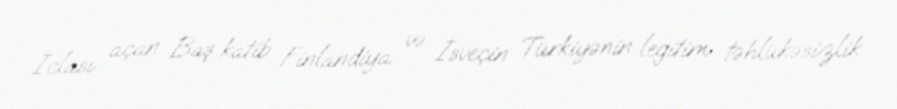
İclası açan Baş katib Finlandiya və İsveçin Türkiyənin legitim təhlükəsizlik